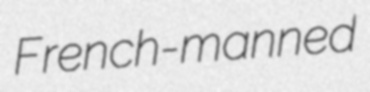
French-manned